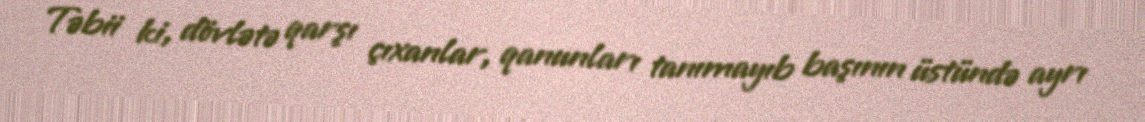
Təbii ki, dövlətə qarşı çıxanlar, qanunları tanımayıb başının üstündə ayrı